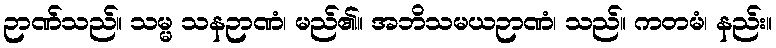
ဉာဏ်သည်။ သမ္မ သနဉာဏံ၊ မည်၏။ အဘိသမယဉာဏံ၊ သည်။ ကတမံ၊ နည်း။